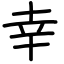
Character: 幸